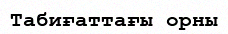
Табиғаттағы орны